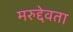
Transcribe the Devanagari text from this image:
मरुद्देवता